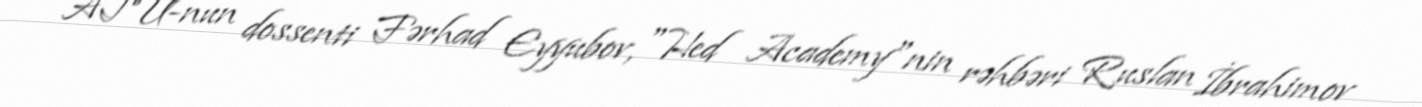
ATU-nun dossenti Fərhad Eyyubov, "Hed Academy"nin rəhbəri Ruslan İbrahimov